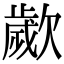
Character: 𣤠